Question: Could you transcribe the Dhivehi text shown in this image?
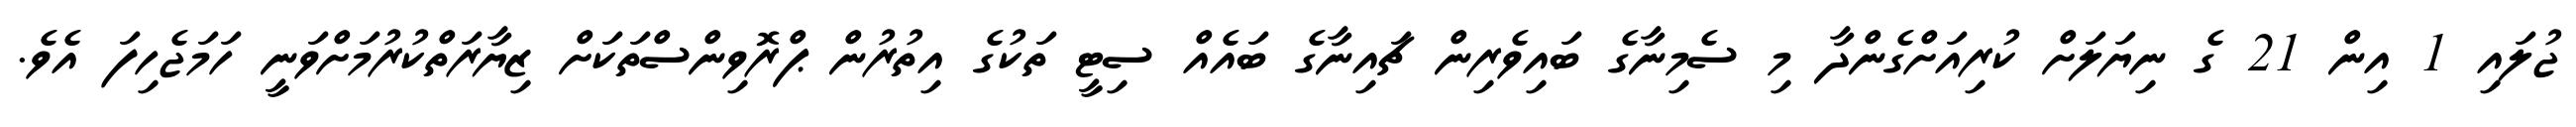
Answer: ޖުލައި 1 އިން 21 ގެ ނިޔަލަށް ކުރިއަށްގެންދާ މި ސެމިނާގެ ބައިވެރިން ޗައިނާގެ ބައެއް ސިޓީ ތަކުގެ އިތުރުން ޕްރޮވިންސްތަކަށް ޒިޔާރަތްކުރުމަށްވަނީ ހަމަޖެހިފަ އެވެ.